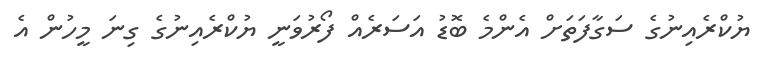
ޔުކްރެއިނުގެ ސަގާފަތަށް އެންމެ ބޮޑު އަސަރެއް ފޯރުވަނީ ޔުކްރެއިނުގެ ގިނަ މީހުން އެ